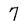
Character: 7